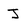
Character: J